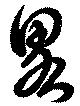
略